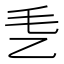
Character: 𰀴